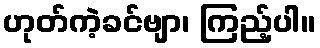
ဟုတ်ကဲ့ခင်ဗျာ၊ ကြည့်ပါ။